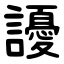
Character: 䜡